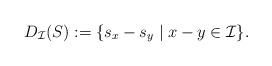
LaTeX: \begin{align*}D_{\mathcal{I}}(S):=\{s_x - s_{y}\mid x-y \in \mathcal{I} \}.\end{align*}